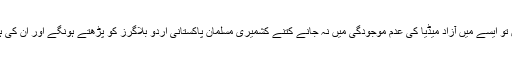
میں اکثر سوچتا ہوں جب مقبوضہ کشمیر میں مسلمانوں پہ آزادی پہ پہرے سمیت ہر قسم کی پابندیاں ہیں تو ایسے میں آزاد میڈیا کی عدم موجودگی میں نہ جانے کتنے کشمیری مسلمان پاکستانی اردو بلاگرز کو پڑھتے ہونگے اور ان کی ہمدردی میں دو الفاظ ہی سہی نہ پا کر وہ ہمارے عام پاکستانی بلاگرز سے کسقدر مایوس ہوتے ہونگے۔